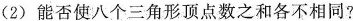
(2)能否使八个三角形顶点数之和各不相同?